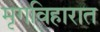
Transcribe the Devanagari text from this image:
मृगविहारात